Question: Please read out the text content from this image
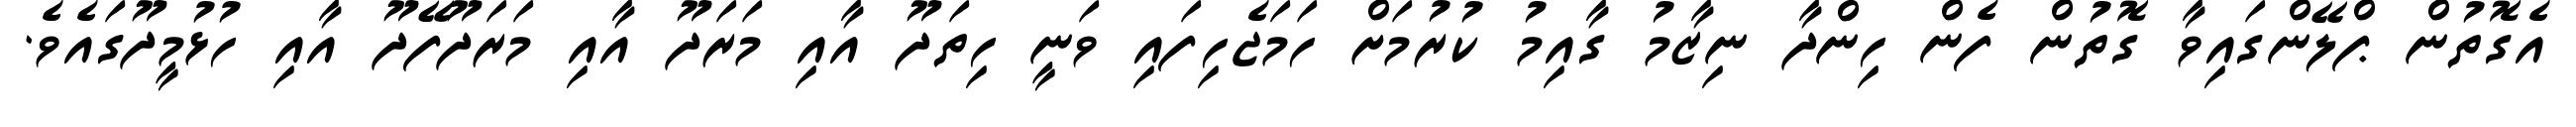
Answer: އެގޮތުން ޕްލޭންގައިވާ ގޮތުން ފެން ހިންދާ ނިޒާމު ގާއިމު ކުރުމަށް ހަމަޖެހިފައި ވަނީ ހިތަދޫ އާއި މަރަދޫ އާއި މަރަދޫފޭދޫ އާއި ހުޅުމީދޫގައެވެ.